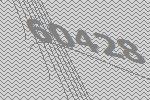
60428